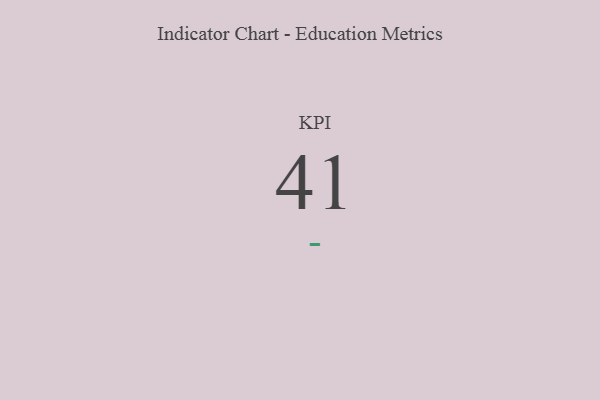
{"axis": {"x": "KPI", "y": "Value"}, "legend": [""], "data": [{"x": "KPI", "y": 41, "type": ""}]}